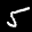
Label: 5